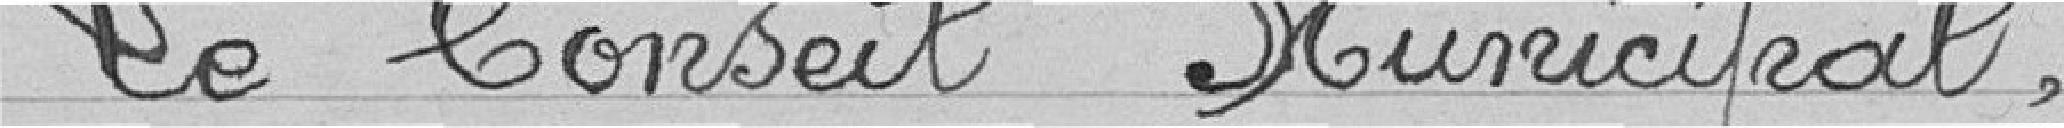
Le Conseil Municipal,